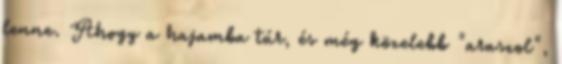
lenne. Ahogy a hajamba túr, és még közelebb "araszol",